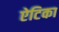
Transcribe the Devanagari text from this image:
ऐटिका